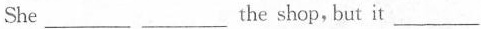
She ___ ___ the shop, but it ___.